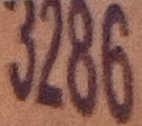
3286